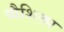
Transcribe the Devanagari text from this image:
व्यैशिठ्य